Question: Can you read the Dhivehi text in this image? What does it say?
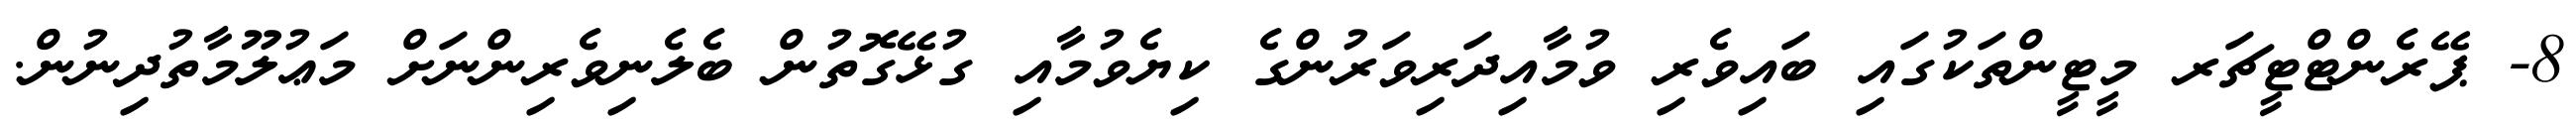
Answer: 8- ޕޭރެންޓްޓީޗަރ މީޓީންތަކުގައި ބައިވެރި ވުމާއިދަރިވަރުންގެ ކިޔެވުމާއި ގުޅޭގޮތުން ބެލެނިވެރިންނަށް މަޢުލޫމާތުދިނުން.